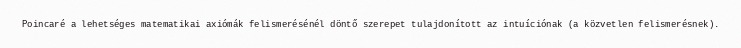
Poincaré a lehetséges matematikai axiómák felismerésénél döntő szerepet tulajdonított az intuíciónak (a közvetlen felismerésnek).